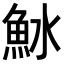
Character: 𬵆